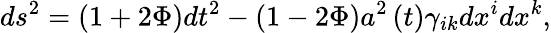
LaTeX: ds^{2}=\left(1+2\Phi\right)dt^{2}-\left(1-2\Phi\right)a^{2}\left(t\right)\gamma_{ik}dx^{i}dx^{k},